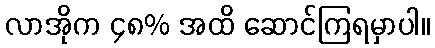
လာအိုက ၄၈% အထိ ဆောင်ကြရမှာပါ။